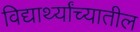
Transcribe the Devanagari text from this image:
विद्यार्थ्यांच्यातील